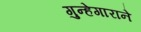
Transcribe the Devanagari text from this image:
गुन्हेगाराने